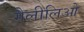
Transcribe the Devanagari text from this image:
गैलीलिओ